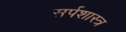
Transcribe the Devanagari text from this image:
सर्पशास्त्र